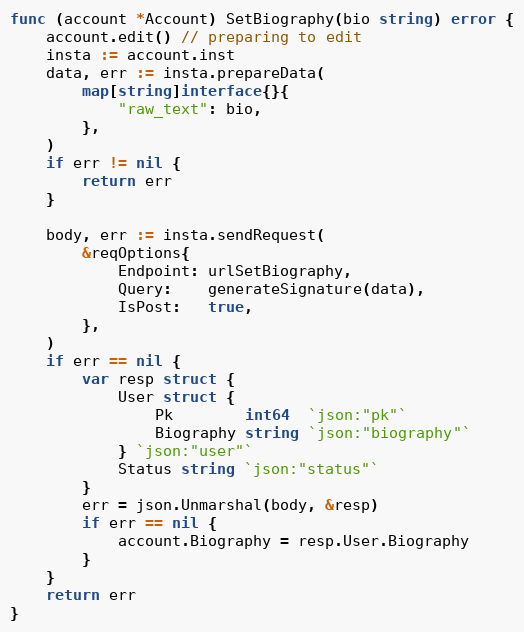
Language: Go
func (account *Account) SetBiography(bio string) error {
	account.edit() // preparing to edit
	insta := account.inst
	data, err := insta.prepareData(
		map[string]interface{}{
			"raw_text": bio,
		},
	)
	if err != nil {
		return err
	}

	body, err := insta.sendRequest(
		&reqOptions{
			Endpoint: urlSetBiography,
			Query:    generateSignature(data),
			IsPost:   true,
		},
	)
	if err == nil {
		var resp struct {
			User struct {
				Pk        int64  `json:"pk"`
				Biography string `json:"biography"`
			} `json:"user"`
			Status string `json:"status"`
		}
		err = json.Unmarshal(body, &resp)
		if err == nil {
			account.Biography = resp.User.Biography
		}
	}
	return err
}